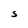
Character: S